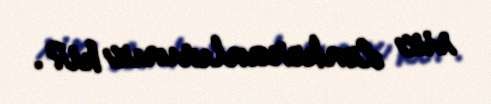
siz Lənkəranlısınız ki?.